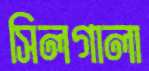
সিলগালা